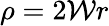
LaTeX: \rho=2\mathcal{W}r